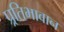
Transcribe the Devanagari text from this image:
प्र्रतिभावान